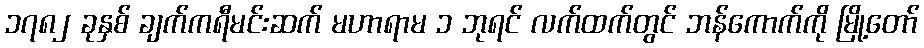
၁၇၈၂ ခုနှစ် ချက်ကရီမင်းဆက် မဟာရာမ ၁ ဘုရင် လက်ထက်တွင် ဘန်ကောက်ကို မြို့တော်